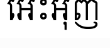
អេះអុញ